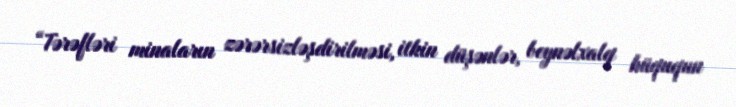
“Tərəfləri minaların zərərsizləşdirilməsi, itkin düşənlər, beynəlxalq hüququn